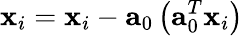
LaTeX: \mathbf{x}_{i}={\mathbf{x}}_{i}-{\mathbf{a}}_{0}\left({\mathbf{a}}_{0}^{T}{\mathbf{x}}_{i}\right)